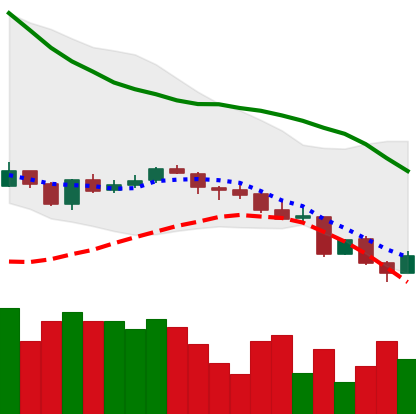
Ticker: LINK-USD
Chart end date: 2018-06-14
Forward return: -8.001%
Label: down_7plus